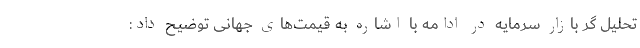
تحلیل گر بازار سرمایه در ادامه با اشاره به قیمت‌های جهانی توضیح داد: